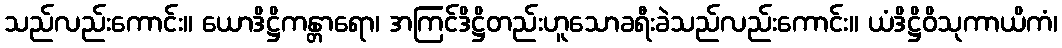
သည်လည်းကောင်း။ ယောဒိဋ္ဌိကန္တာရော၊ အကြင်ဒိဋ္ဌိတည်းဟူသောခရီးခဲသည်လည်းကောင်း။ ယံဒိဋ္ဌိဝိသုကာယိကံ၊